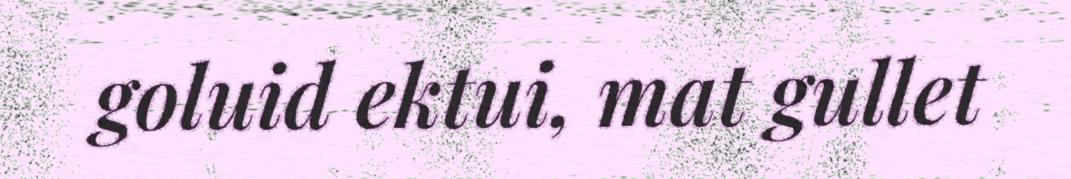
goluid ektui, mat gullet